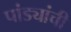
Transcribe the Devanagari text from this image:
पांड्यांची